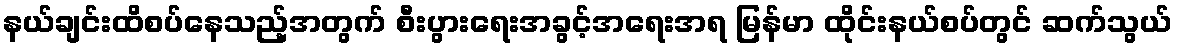
နယ်ချင်းထိစပ်နေသည့်အတွက် စီးပွားရေးအခွင့်အရေးအရ မြန်မာ ထိုင်းနယ်စပ်တွင် ဆက်သွယ်